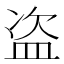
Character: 盗